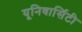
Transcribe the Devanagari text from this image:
यूनिवार्सिटी